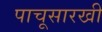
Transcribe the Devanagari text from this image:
पाचूसारखी